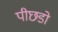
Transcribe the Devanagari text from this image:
पीछडो